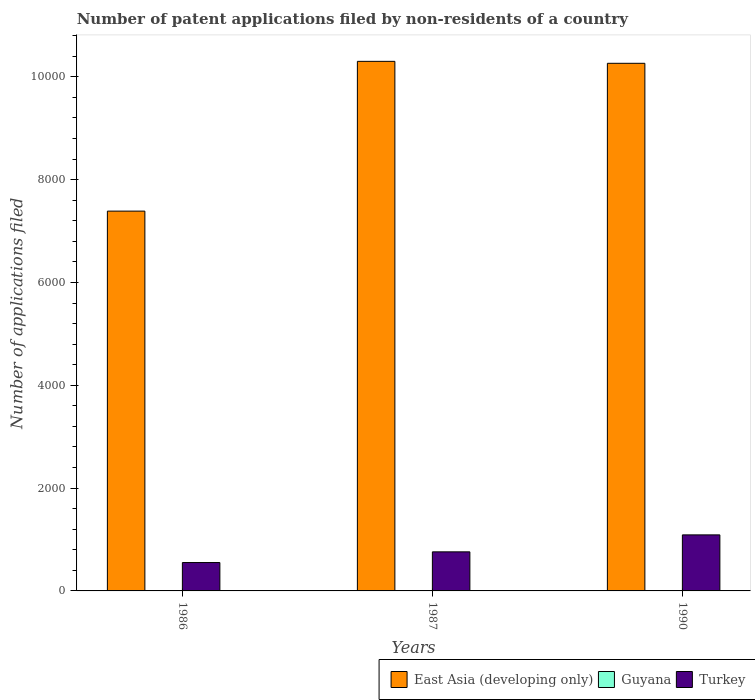
| Years | East Asia (developing only) | Guyana | Turkey |
 | --- | --- | --- | --- |
 | 1986 | 7.39e+03 | 8 | 552 |
 | 1987 | 1.03e+04 | 3 | 760 |
 | 1990 | 1.03e+04 | 6 | 1.09e+03 |